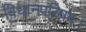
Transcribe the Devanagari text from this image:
विधानपरिषद।